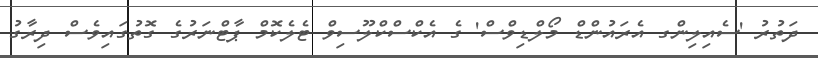
ދަތުރު 'ސެއިލިންގ އެރައުންޑް މޯލްޑިވްސް' ގެ އެކްސްކްލޫސިވް ޓެލެކޮމް ޕާޓްނަރުގެ ގޮތުގައިވެސް ދިރާގު